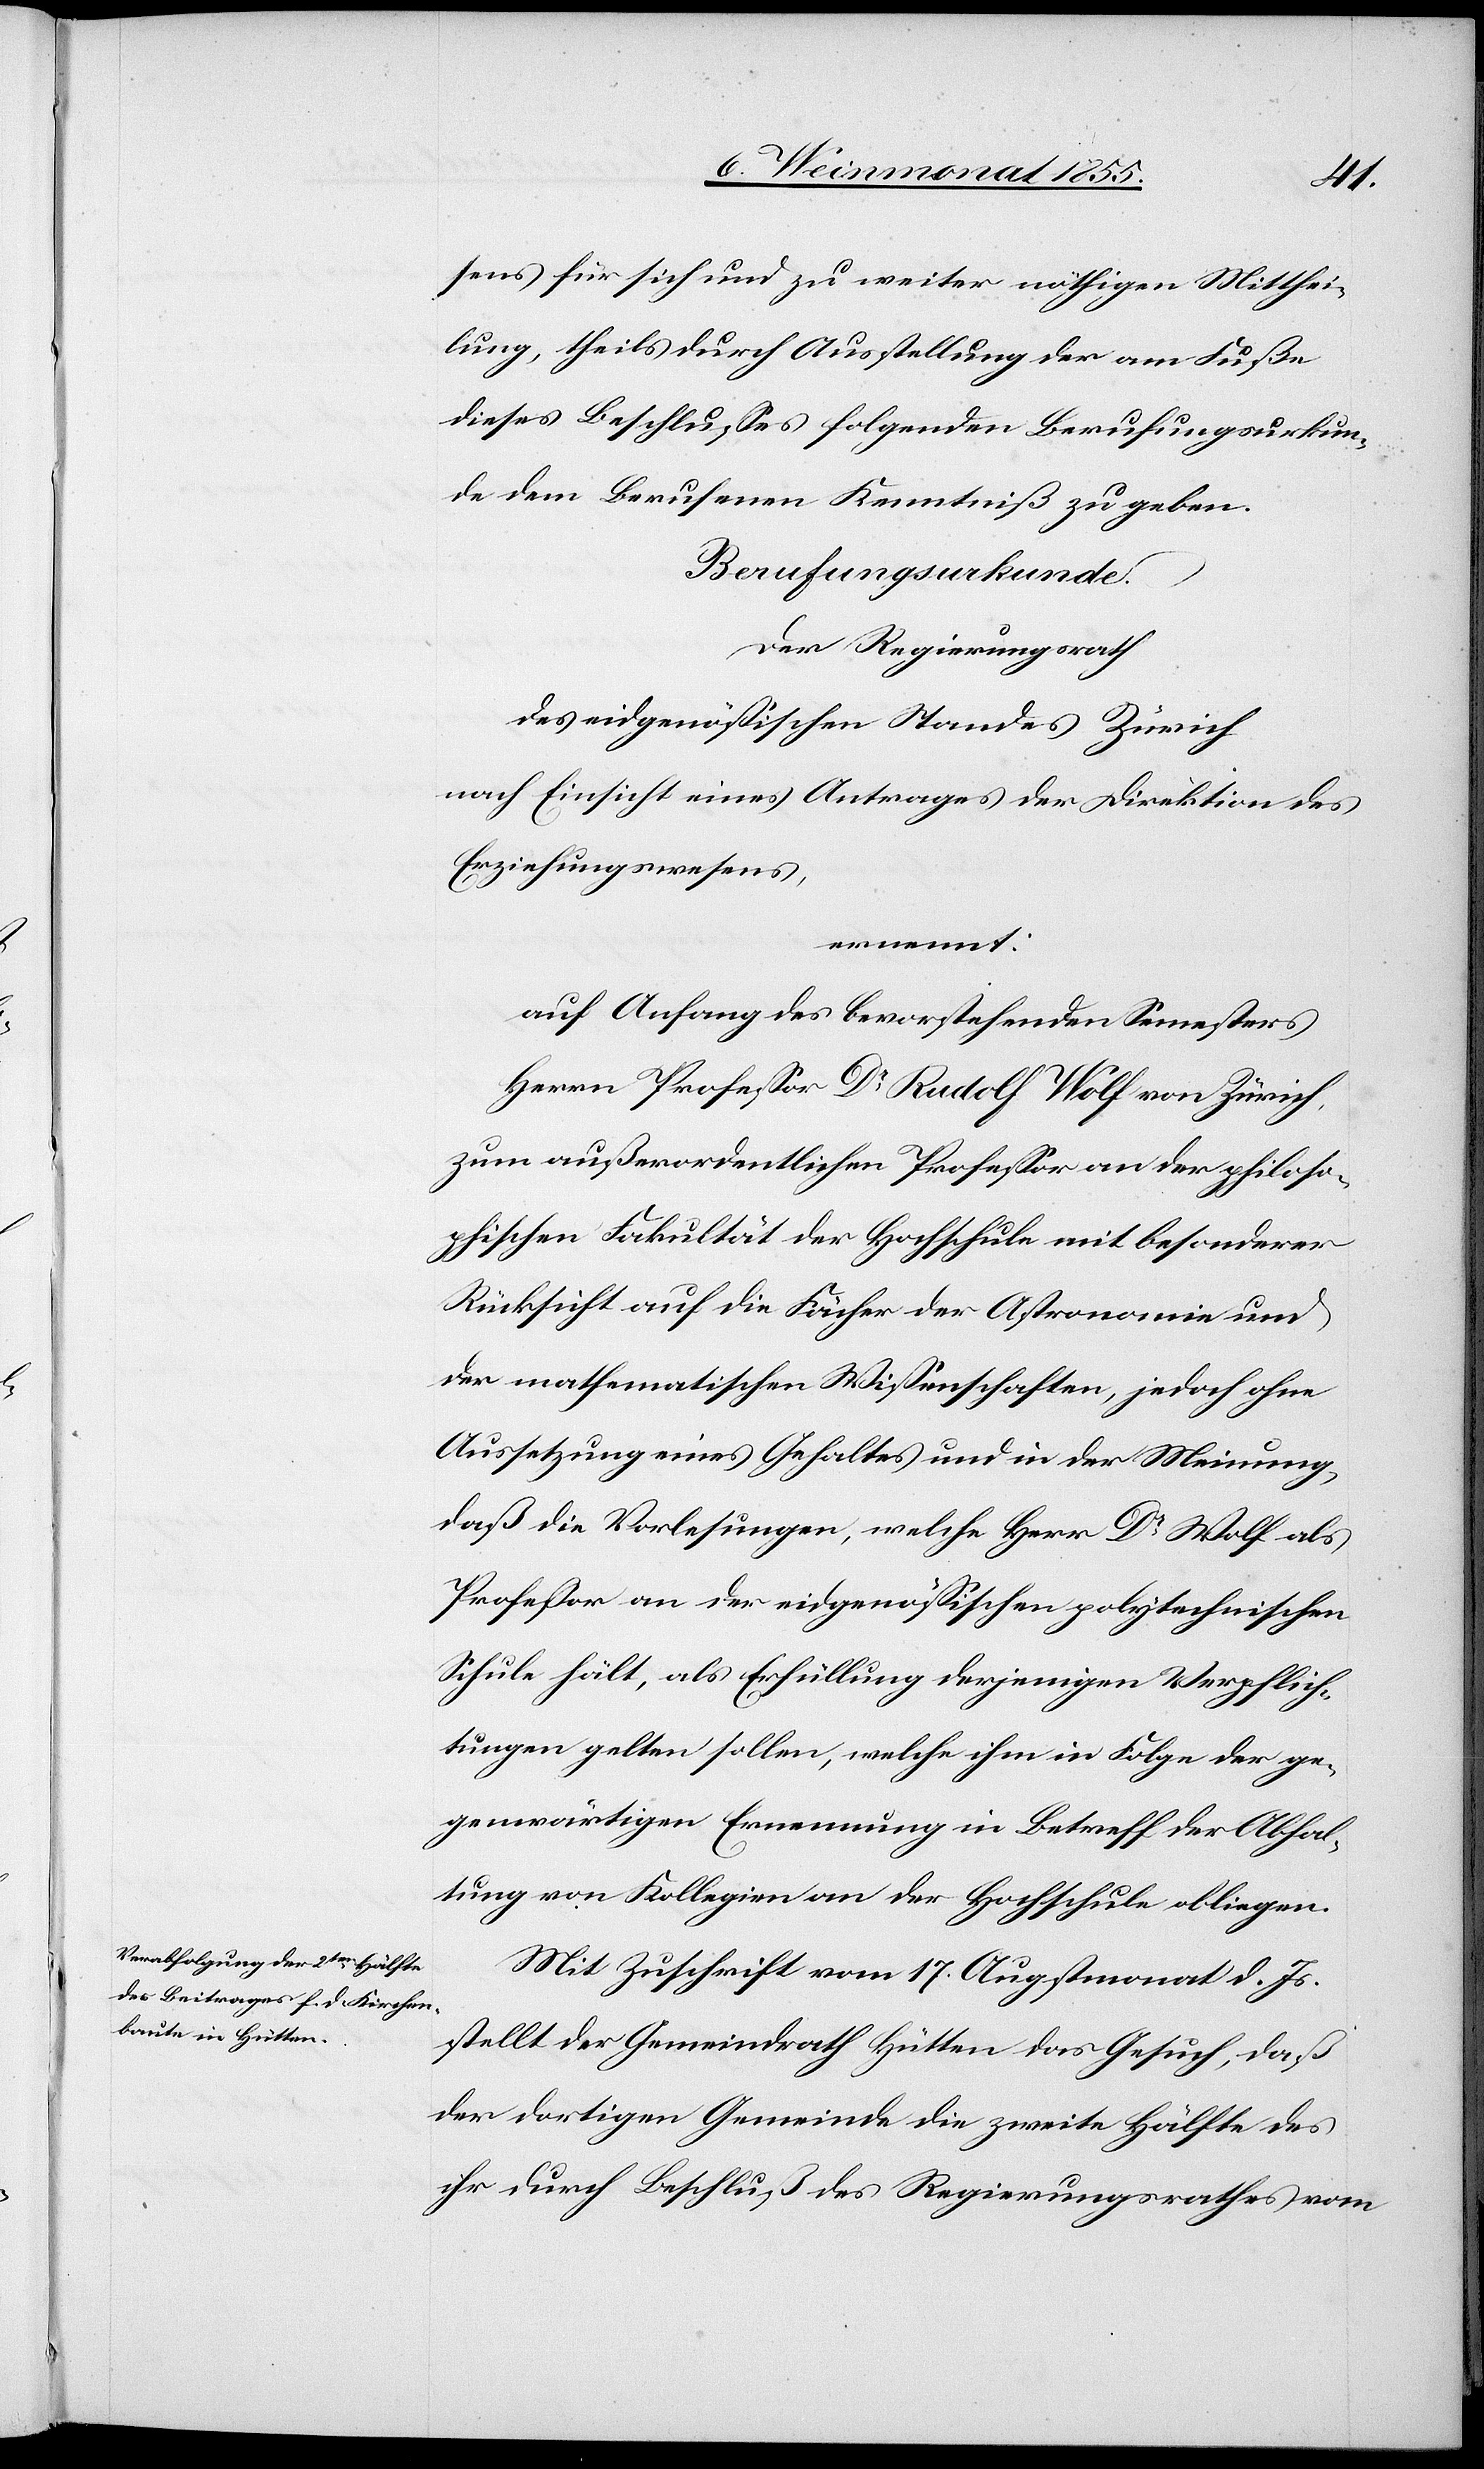
sens für sich und zu weiter nöhtigen Mitthei¬
lung, theils durch Ausstellung der am Fuße
dieses Beschlusses folgenden Berufungsurkun¬
de dem Berufenen Kenntniß zu geben.
Berufungsurkunde.
Der Regierungsrath
des eidgenössischen Standes Zürich
nach Einsicht eines Antrages der Direktion des
Erziehungswesens,
ernennt:
auf Anfang des bevorstehenden Semesters
Herrn Professor Dr Rudolf Wolf von Zürich,
zum außerordentlichen Professor an der philoso¬
phischen Fakultät der Hochschule mit besonderer
Rücksicht auf die Fächer der Astronomie und
der mathematischen Wissenschaften, jedoch ohne
Aussetzung eines Gehaltes und in der Meinung,
daß die Vorlesungen, welche Herr Dr Wolf als
Professor an der eidgenössischen polytechnischen
Schule hält, als Erfüllung derjenigen Verpflich¬
tungen gelten sollen, welche ihm in Folge der ge¬
genwärtigen Ernennung in Betreff der Abhal¬
tung von Kollegien an der Hochschule obliegen.
Mit Zuschrift vom 17. Augstmonat d. Js.
stellt der Gemeindrath Hütten das Gesuch, daß
der dortigen Gemeinde die zweite Hälfte des
ihr durch Beschluß des Regierungsrathes vom